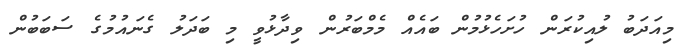
މިއަދަބު ލުއިކުރަން ހުށަހެޅުމުން ބައެއް މެމްބަރުން ވިދާޅުވީ މި ބަދަލު ގެނައުމުގެ ސަބަބުން